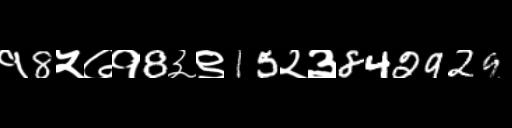
Text: १8५७१8३९15२३842929